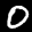
Label: 0